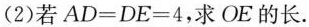
(2)若$$AD=DE=4$$，求OE的长。